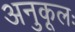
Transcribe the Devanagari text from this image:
अनुकूलः